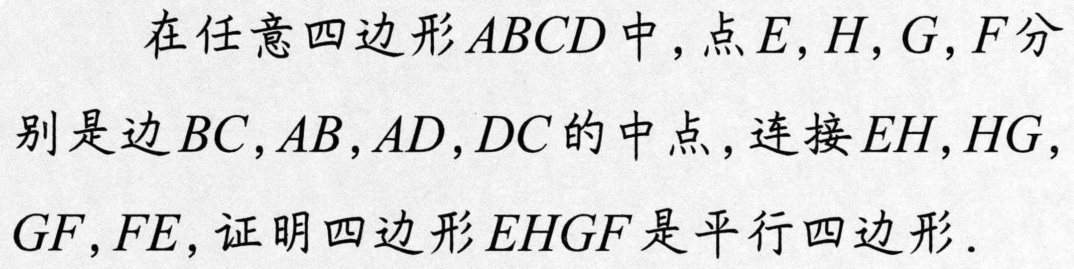
在任意四边形\(ABCD\)中，点\(E,H,G,F\)分
别是边\(BC,AB,AD,DC\)的中点，连接\(EH,HG\)，
\(GF,FE\)，证明四边形\(EHGF\)是平行四边形.